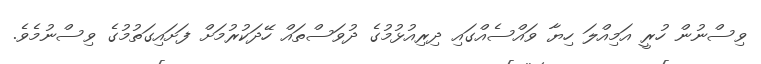
ވިސްނުން ހުރީ އަމިއްލަ ހިޔާ ވައްސެއްގައި ދިރިއުޅުމުގެ ދުވަސްތައް ހޭދަކުރުމަށް ފަށައިގަތުމުގެ ވިސްނުމެވެ.